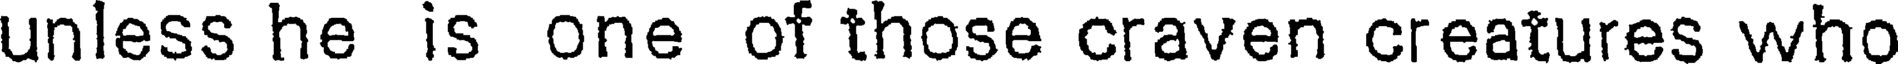
unless he is one of those craven creatures who